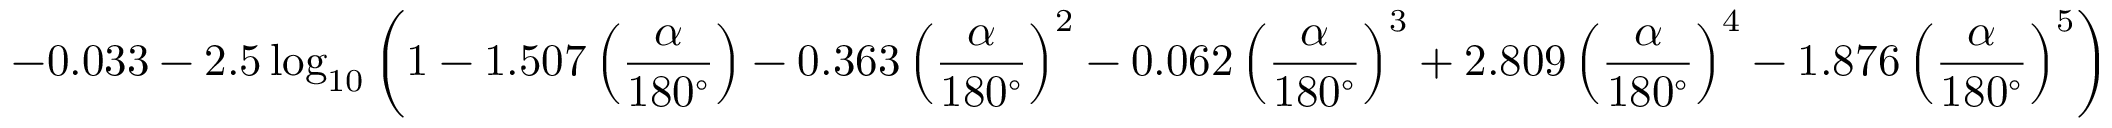
- 0 . 0 3 3 - 2 . 5 \log _ { 1 0 } { \left( 1 - 1 . 5 0 7 \left( { \frac { \alpha } { 1 8 0 ^ { \circ } } } \right) - 0 . 3 6 3 \left( { \frac { \alpha } { 1 8 0 ^ { \circ } } } \right) ^ { 2 } - 0 . 0 6 2 \left( { \frac { \alpha } { 1 8 0 ^ { \circ } } } \right) ^ { 3 } + 2 . 8 0 9 \left( { \frac { \alpha } { 1 8 0 ^ { \circ } } } \right) ^ { 4 } - 1 . 8 7 6 \left( { \frac { \alpha } { 1 8 0 ^ { \circ } } } \right) ^ { 5 } \right) }